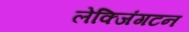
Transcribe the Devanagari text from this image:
लेक्जिंगटन